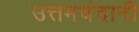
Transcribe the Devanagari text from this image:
उत्तमचंदानी